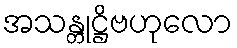
အသန္တုဋ္ဌိဗဟုလော